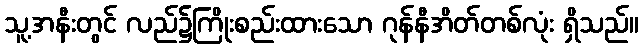
သူ့အနီးတွင် လည်၌ကြိုးစည်းထားသော ဂုန်နီအိတ်တစ်လုံး ရှိသည်။